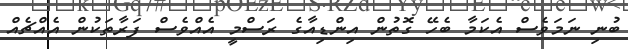
ބުނި ނަމަވެސް އެކަމާ ބެހޭ ގޮތުން އިންޑިއާގެ ރަސްމީ އެއްވެސް ފަރާތަކުން އެއްޗެއް